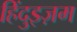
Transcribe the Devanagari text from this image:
हिंदुइज़म